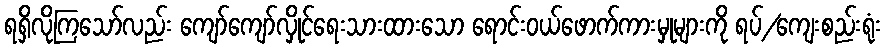
ရရှိလိုကြသော်လည်း ကျော်ကျော်လှိုင်ရေးသားထားသော ရောင်းဝယ်ဖောက်ကားမှုများကို ရပ်/ကျေးစည်းရုံး